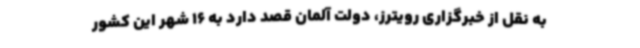
به نقل از خبرگزاری رویترز، دولت آلمان قصد دارد به 16 شهر این کشور